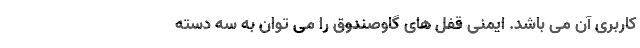
کاربری آن می ­باشد. ایمنی قفل­ های گاوصندوق را می ­توان به سه دسته